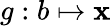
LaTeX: g:b\mapsto\mathbf{x}